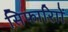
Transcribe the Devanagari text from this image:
सिफारिाों